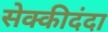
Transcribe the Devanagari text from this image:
सेक्कीदंदा